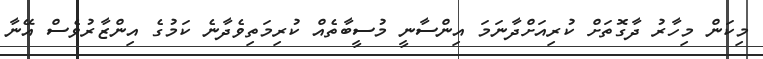
މިކަން މިހާރު ދާގޮތަށް ކުރިއަށްދާނަމަ އިންސާނީ މުސީބާތެއް ކުރިމަތިވެދާނެ ކަމުގެ އިންޒާރުވެސް އޭނާ